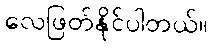
လေဖြတ်နိုင်ပါတယ်။